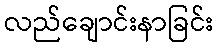
လည်ချောင်းနာခြင်း